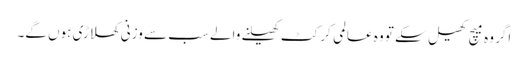
اگر وہ میچ کھیل سکے تو وہ عالمی کرکٹ کھیلنے والے سب سے وزنی کھلاڑی ہوں گے۔